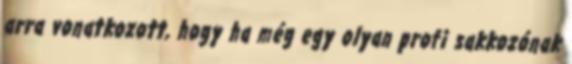
arra vonatkozott, hogy ha még egy olyan profi sakkozónak